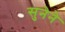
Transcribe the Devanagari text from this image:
सुनेने